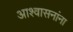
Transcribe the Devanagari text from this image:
आश्वासनांना